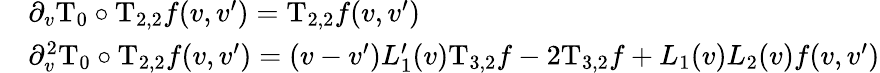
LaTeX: \begin{array}{rl}&{\partial_{v}\mathrm{T}_{0}\circ\mathrm{T}_{2,2}f(v,v^{\prime})=\mathrm{T}_{2,2}f(v,v^{\prime})}\\ &{\partial_{v}^{2}\mathrm{T}_{0}\circ\mathrm{T}_{2,2}f(v,v^{\prime})=(v-v^{\prime})L_{1}^{\prime}(v)\mathrm{T}_{3,2}f-2\mathrm{T}_{3,2}f+L_{1}(v)L_{2}(v)f(v,v^{\prime})}\end{array}